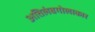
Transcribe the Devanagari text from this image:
अतिलंबगोलाकार